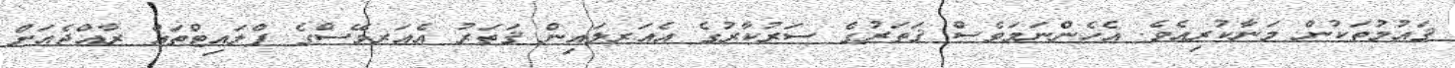
ޤައުމުތަކުން މަނާކުރިއެވެ. އެހެންނަމަވެސް ޤަތަރުގެ ސަރުކާރުގެ އެއަރލައިން ޤަތަރު އެއަރވޭސްގެ ފްލައިޓްތައް ރާއްޖެއަށް